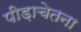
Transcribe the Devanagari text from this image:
पीड़ाचेतना